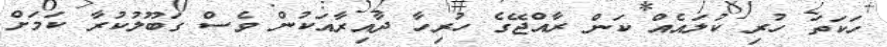
ހަކަތަ ހުރި ކުލައެއް ކަން ރާއްޖޭގެ ހުރިހާ ދާއިރާއަކުން ވެސް ގަބޫލުކުރާ ކަމަށް